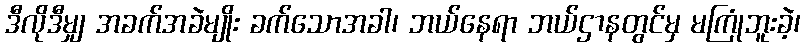
ဒီလိုဒီမျှ အခက်အခဲမျိုး ခက်သောအခါ၊ ဘယ်နေရာ ဘယ်ဌာနတွင်မှ မကြုံဘူးခဲ့၊